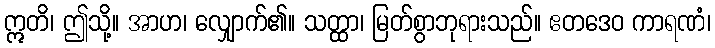
ဣတိ၊ ဤသို့။ အာဟ၊ လျှောက်၏။ သတ္ထာ၊ မြတ်စွာဘုရားသည်။ ဧတဒေဝ ကာရဏံ၊